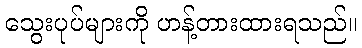
သွေးပုပ်များကို ဟန့်တားထားရသည်။